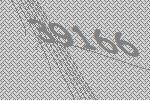
39166